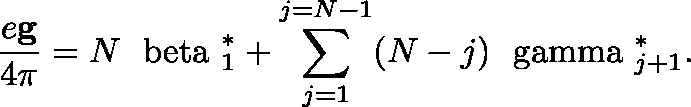
\frac { e { \bf g } } { 4 \pi } = N { \mathrm { \boldmath ~ \ b e t a ~ } } _ { 1 } ^ { * } + \sum _ { j = 1 } ^ { j = N - 1 } ( N - j ) { \mathrm { \boldmath ~ \ g a m m a ~ } } _ { j + 1 } ^ { * } .